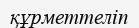
құрметтеліп